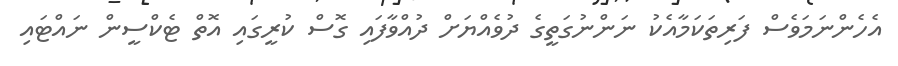
އެހެންނަމަވެސް ފަރިތަކަމާއެކު ނަންނުގަތީގެ ދުވެއްޔަށް ދުއްވާފައި ގޮސް ކުރީގައި އޮތް ޓެކްސީން ނައްޓައި